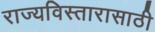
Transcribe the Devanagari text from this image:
राज्यविस्तारासाठी